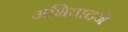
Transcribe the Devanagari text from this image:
अभिवादने